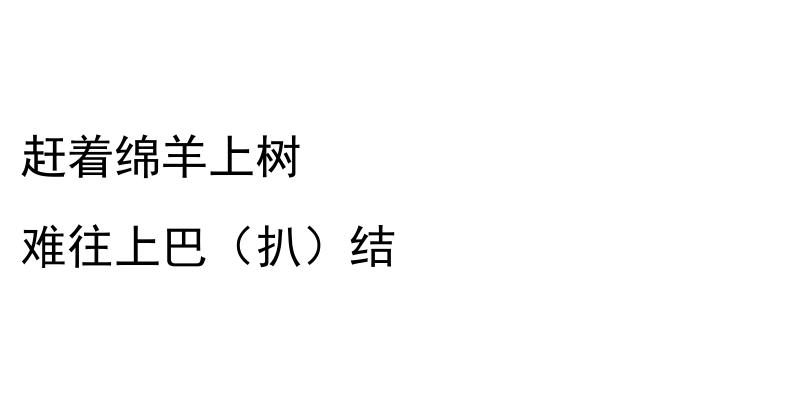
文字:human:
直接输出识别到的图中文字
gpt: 赶着绵羊上树 难往上巴（扒）结